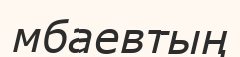
мбаевтың